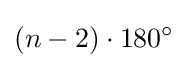
(n-2)\cdot 180^{\circ }